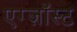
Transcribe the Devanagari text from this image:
एग्ज़ॉस्ट